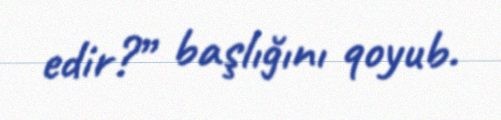
edir?” başlığını qoyub.